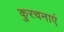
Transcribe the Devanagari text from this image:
कुरचनाएं